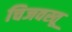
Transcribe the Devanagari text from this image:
चिजवस्तू